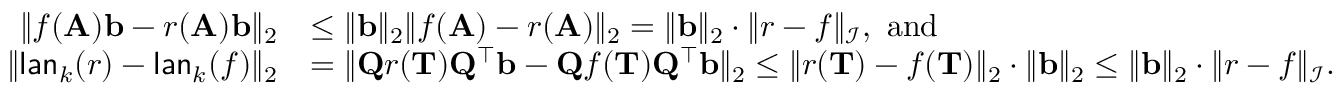
\begin{array} { r l } { \| f ( \mathbf { A } ) \mathbf { b } - r ( \mathbf { A } ) \mathbf { b } \| _ { 2 } } & { \leq \| \mathbf b \| _ { 2 } \| f ( \mathbf { A } ) - r ( \mathbf { A } ) \| _ { 2 } = \| \mathbf b \| _ { 2 } \cdot \| r - f \| _ { \mathcal I } , \mathrm { ~ a n d ~ } } \\ { \| \mathsf { l a n } _ { k } ( r ) - \mathsf { l a n } _ { k } ( f ) \| _ { 2 } } & { = \| \mathbf { Q } r ( \mathbf T ) \mathbf { Q ^ { \top } b } - \mathbf { Q } f ( \mathbf T ) \mathbf { Q ^ { \top } b } \| _ { 2 } \leq \| r ( \mathbf T ) - f ( \mathbf T ) \| _ { 2 } \cdot \| \mathbf b \| _ { 2 } \leq \| \mathbf b \| _ { 2 } \cdot \| r - f \| _ { \mathcal I } . } \end{array}